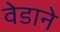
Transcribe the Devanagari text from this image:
वेडाने